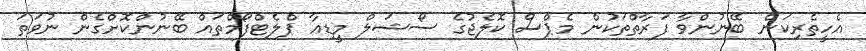
އެހީތެރިކަން ބޭނުންވާ ފަރާތްތަކުން މެޕްސް ކޮލެޖުގެ ސޯޝަލް މީޑިއާ ޕްލެޓްފޯމްތައް ބޭނުންކޮށްގެން ނުވަތަ